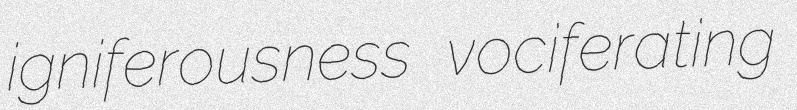
igniferousness vociferating